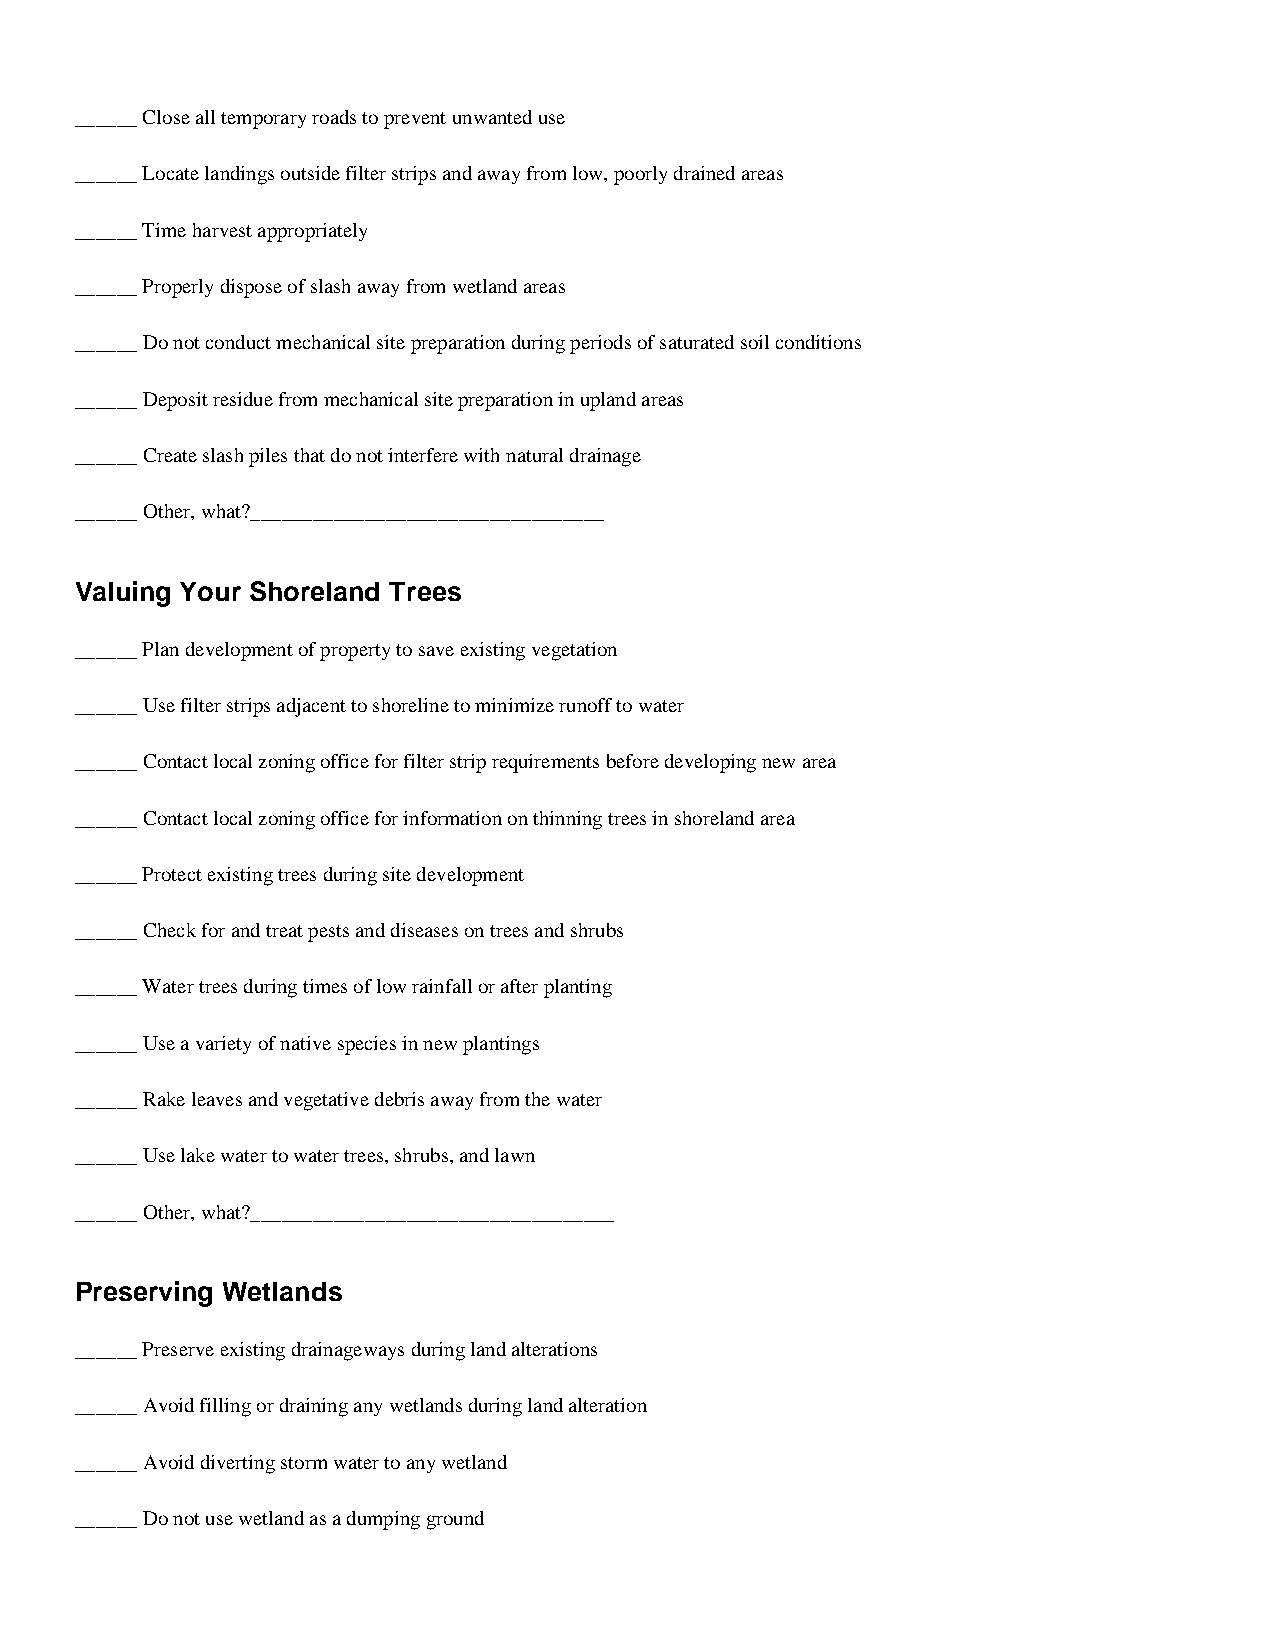
______ Close all temporary roads to prevent unwanted use
 ______ Locate landings outside filter strips and away from low, poorly drained areas
 ______ Time harvest appropriately
 ______ Properly dispose of slash away from wetland areas
 ______ Do not conduct mechanical site preparation during periods of saturated soil conditions
 ______ Deposit residue from mechanical site preparation in upland areas
 ______ Create slash piles that do not interfere with natural drainage
 ______ Other, what?__________________________________
 Valuing Your Shoreland Trees
 ______ Plan development of property to save existing vegetation
 ______ Use filter strips adjacent to shoreline to minimize runoff to water
 ______ Contact local zoning office for filter strip requirements before developing new area
 ______ Contact local zoning office for information on thinning trees in shoreland area
 ______ Protect existing trees during site development
 ______ Check for and treat pests and diseases on trees and shrubs
 ______ Water trees during times of low rainfall or after planting
 ______ Use a variety of native species in new plantings
 ______ Rake leaves and vegetative debris away from the water
 ______ Use lake water to water trees, shrubs, and lawn
 ______ Other, what?___________________________________
 Preserving Wetlands
 ______ Preserve existing drainageways during land alterations
 ______ Avoid filling or draining any wetlands during land alteration
 ______ Avoid diverting storm water to any wetland
 ______ Do not use wetland as a dumping ground